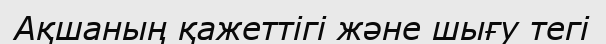
Ақшаның қажеттігі және шығу тегі